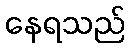
နေရသည်